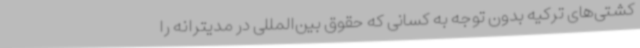
کشتی‌های ترکیه بدون توجه به کسانی که حقوق بین‌المللی در مدیترانه را